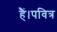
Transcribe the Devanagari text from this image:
हैं।पवित्र